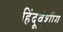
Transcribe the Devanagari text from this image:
हिंदूवंशीय